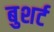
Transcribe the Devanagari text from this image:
बुशर्ट